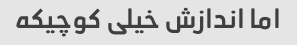
اما اندازش خیلی کوچیکه